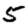
Digit: 5